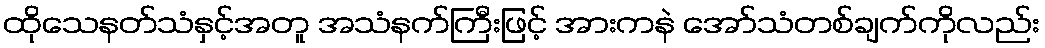
ထိုသေနတ်သံနှင့်အတူ အသံနက်ကြီးဖြင့် အားကနဲ အော်သံတစ်ချက်ကိုလည်း